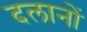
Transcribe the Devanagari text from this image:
दलानों